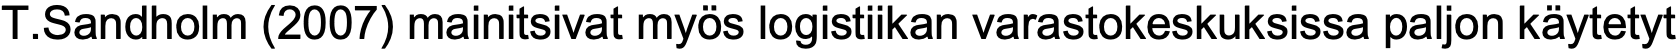
T.Sandholm (2007) mainitsivat myös logistiikan varastokeskuksissa paljon käytetyt